Riigikantselei, lk 373
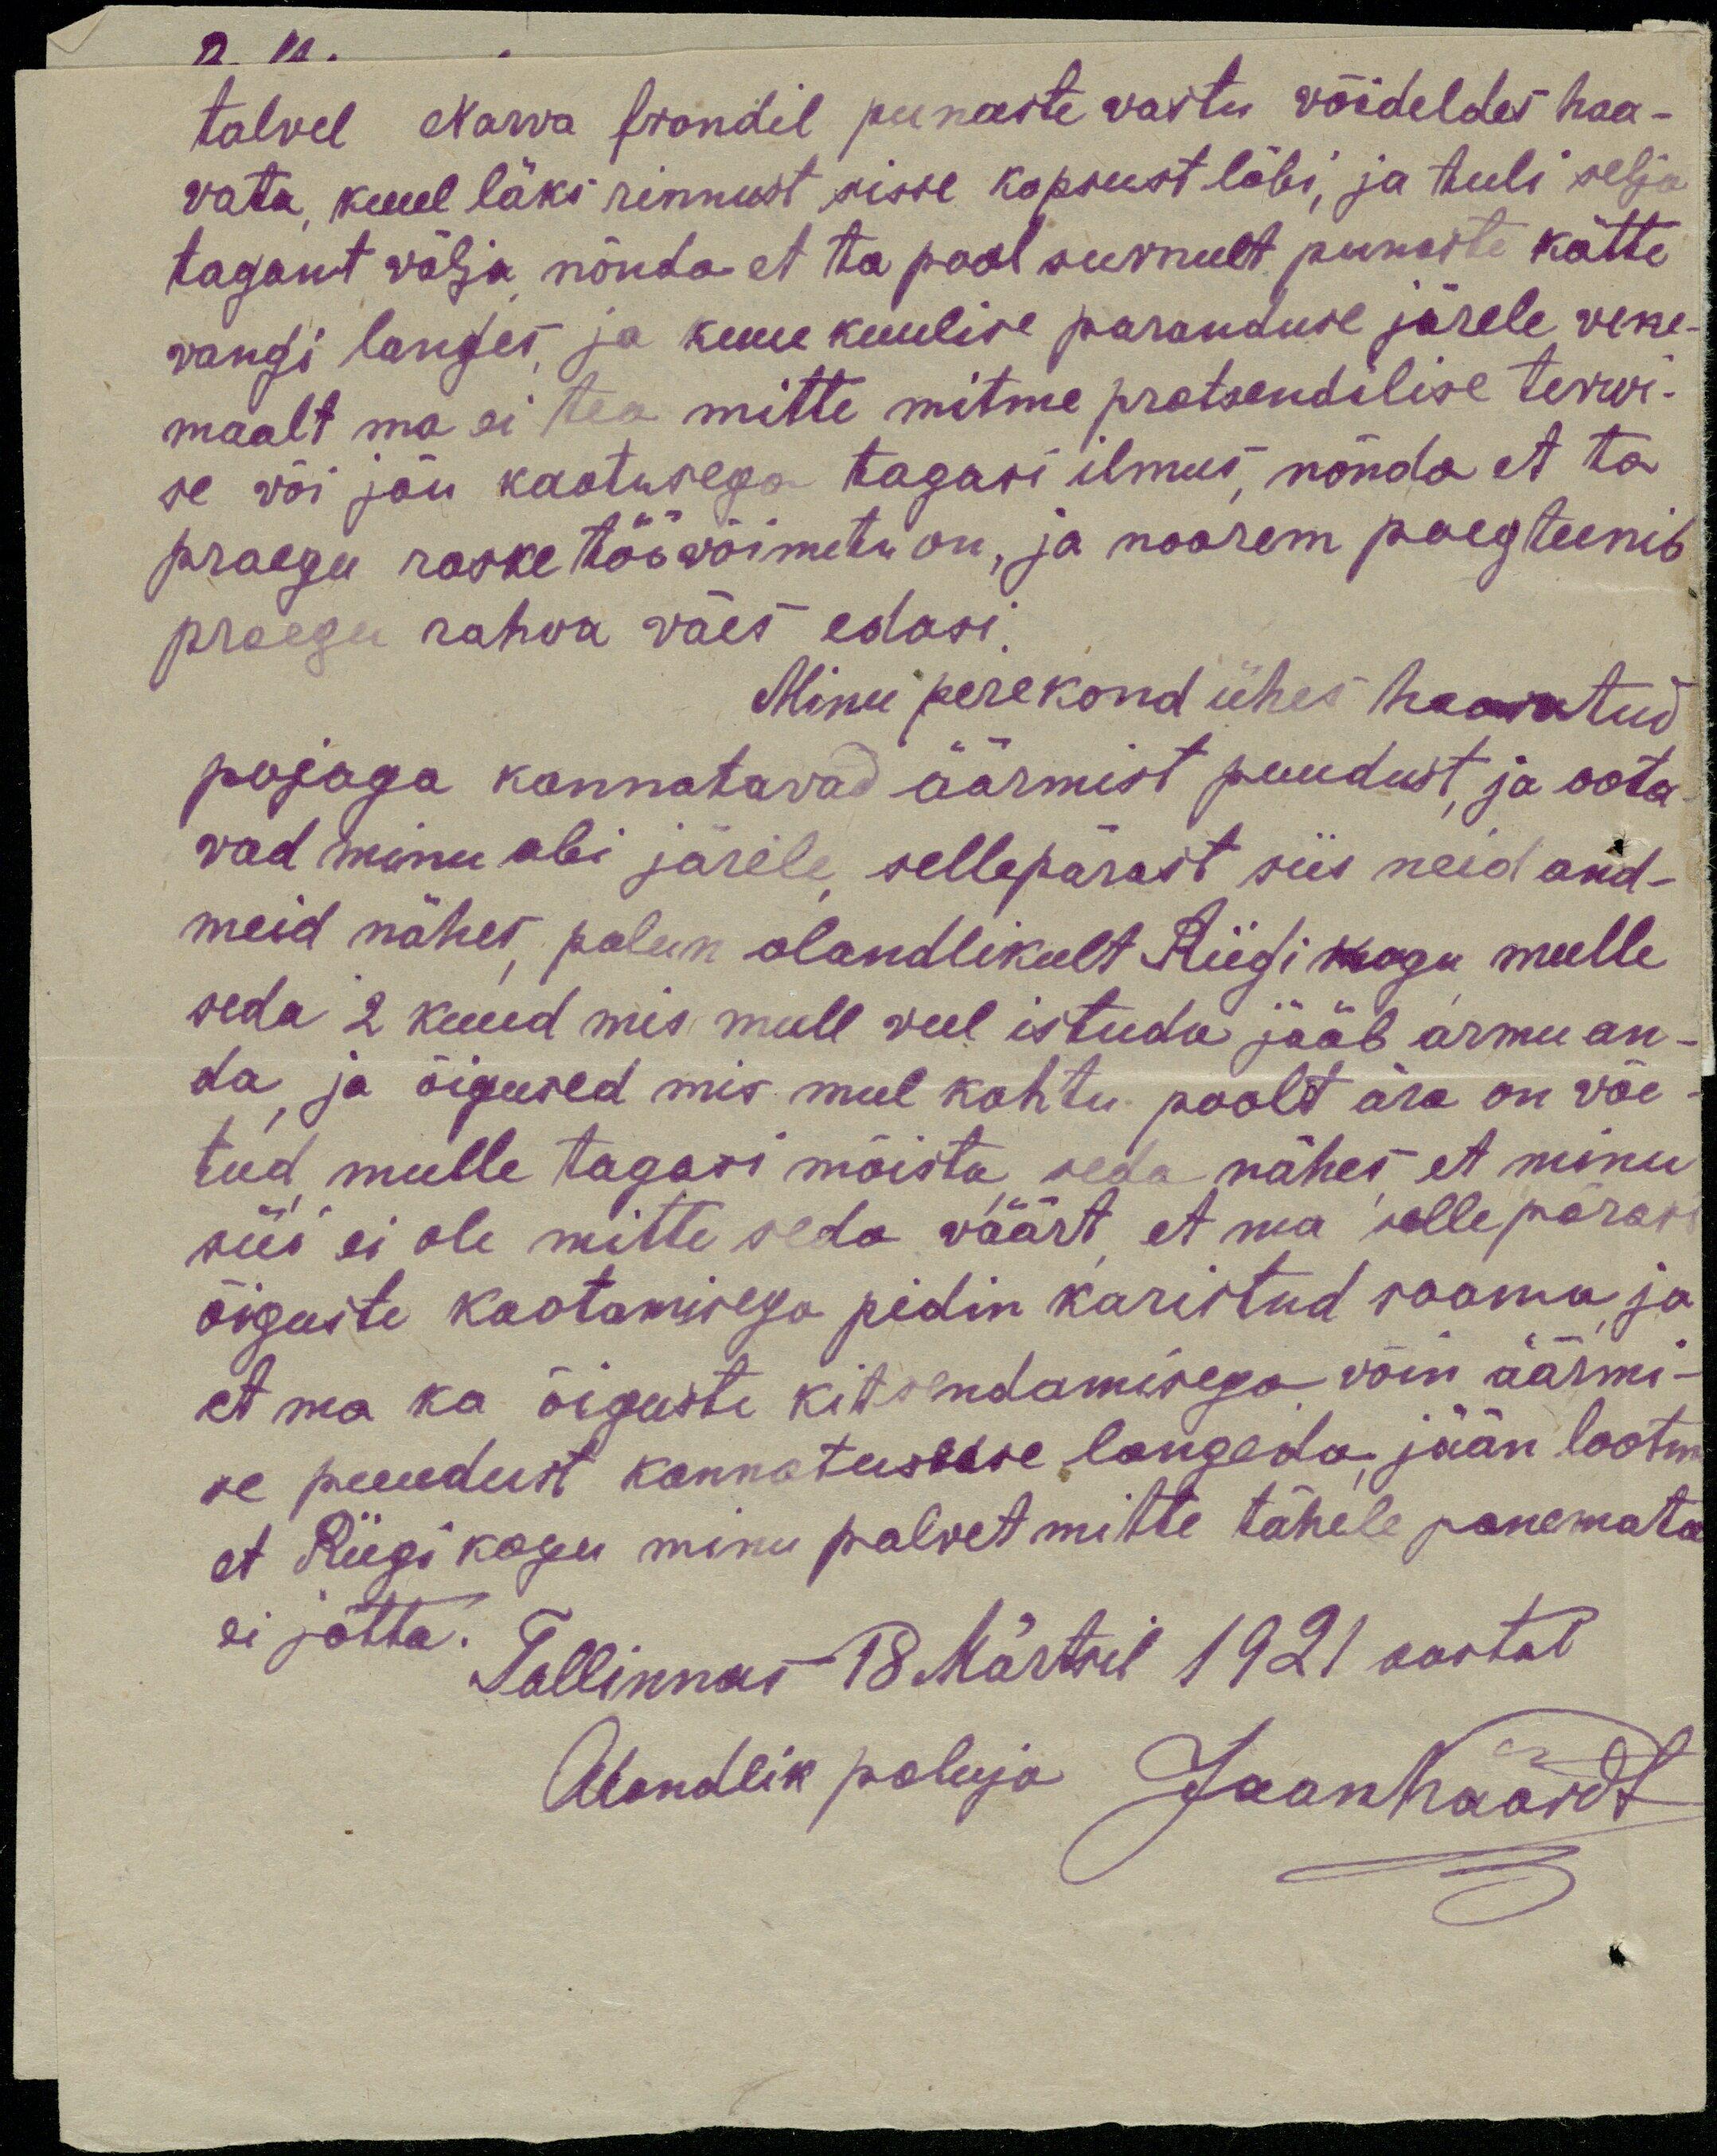
talvel Narva frondil punaste vastu võideldes haa-
vata, kuul läks rinnust sisse kopsust läbi, ja tuli selja
tagant välja nõnda et ta pool surnult punaste kätte
vangi langes ja kuue kuulise paranduse järele vene-
maalt ma ei tea mitte mitme protsendilise terwi-
se või jõu kaotusega tagasi ilmus, nõnda et ta
praegu raske töövõimetu on, ja noorem poeg teenib
praegu rahva väes edasi.
Minu perekond ühes haavatud
pojaga kannatavad äärmist puudust ja oota-
vad minu abi järele sellepärast siis need and-
meid nähes, palun alandlikult Riigi kogu mulle
seda 2 kuud mis mull veel istuda jääb armu an-
da ja õigused mis mul kohtu poolt ära on võe-
tud mulle tagasi mõista seda nähes et minu
süi ei ole mitte seda väärt et ma sellepärast
õiguste kaotamisega pidin karistud saama ja
et ma ka õiguste kitsendamisega võin äärmi-
se puudust kannatusesse langeda jään lootm
et Riigi kogu minu palvet mitte tähele panemata
ei jätta.
Tallinnas 18 Märtsil 1921 aastal
Alandlik paluja JaanKäärdt